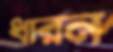
ধারন